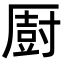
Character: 㕑